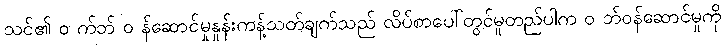
သင်၏ ၀ က်ဘ် ၀ န်ဆောင်မှုနှုန်းကန့်သတ်ချက်သည် လိပ်စာပေါ်တွင်မူတည်ပါက ၀ ဘ်ဝန်ဆောင်မှုကို